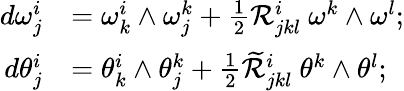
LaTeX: \begin{array}{rl}{d\omega_{j}^{i}}&{=\omega_{k}^{i}\wedge\omega_{j}^{k}+\frac{1}{2}\mathcal{R}_{jkl}^{i}\ \omega^{k}\wedge\omega^{l};}\\ {d\theta_{j}^{i}}&{=\theta_{k}^{i}\wedge\theta_{j}^{k}+\frac{1}{2}\mathcal{\widetilde{R}}_{jkl}^{i}\ \theta^{k}\wedge\theta^{l};}\end{array}